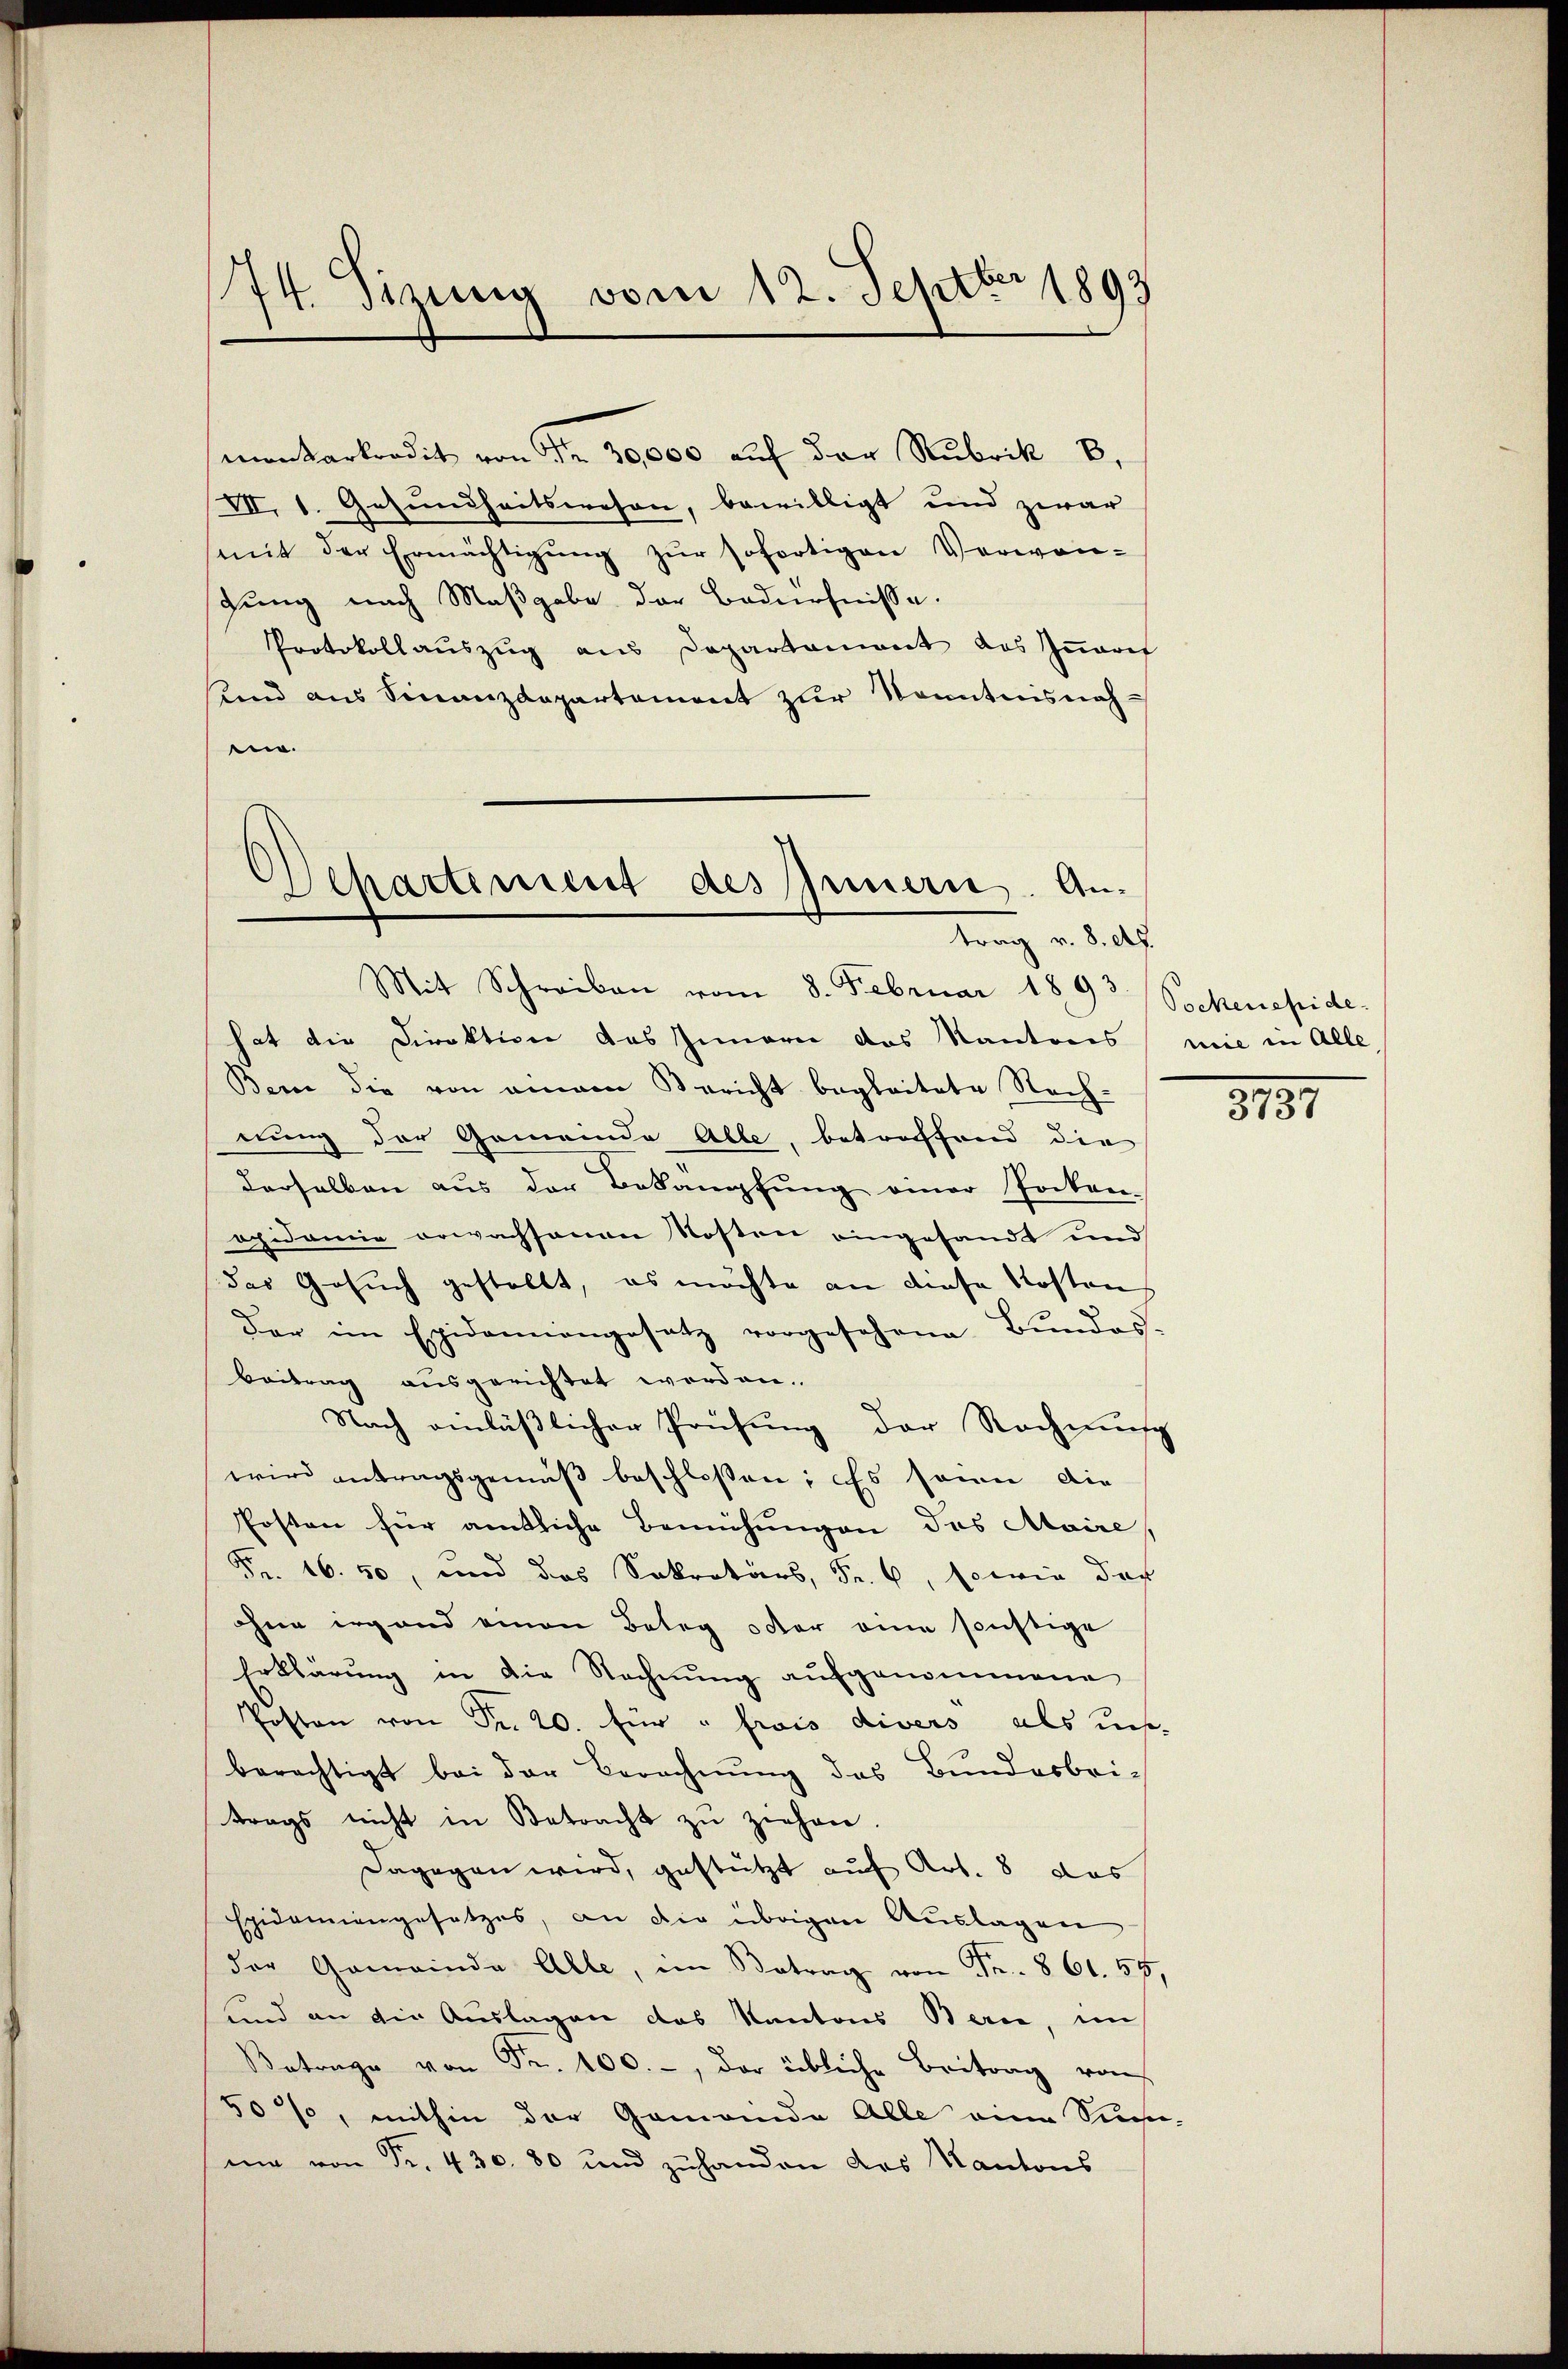
Be
74. Sinnig vom 12. Sept. 1893

mankarkredit von Nr. 30,000 auf der Rubrik B,
VII. 1. Gesundheitswesen, bewilligt und zwar
(mit der Ermächtigŭng zŭr sofortigen Verwangung nach Maßgabe der Bedürfnisse.
Protokollauszug aus Departament das Znarch
sund aus Finanzdepartement zur Kenntnisnah
ein.
Mit Schreiben vom 8. Februar 1893 Sockereside
hat die Direktion des Innern des Kantons mie in Alle
Bern die von einem Bericht begleitete Nach-
nung der Gemeinde Able, betreffend die
derselben aus der Bekämpfung einer Pocken-
apidemie erwachsenen Kosten eingesandt und
das Gesuch gestellt, es möchte an diese Kosten
der im Epidemangesetz vorgesehene Bŭndes-
beitrag ausgerichtet worden.
Nach einläßlicher Prüfung der Rochmus
wird antragsgemäß beschlossen; es seine die
Posten für amtliche Bemühungen des Maire,
Fr. 16. 50, und das Sekretärs, Fr. 6, sowie das
ohne irgend einen Botag oder eine sonstige
Erklärung in die Rechnung aufgenommene
Posten von Fr. 20. für "fwis divers als un
berechtigt bei der Berechnung des Bundesbri-
trags nicht in Betracht zŭ ziehen.
Dagegen wird, gestützt auf Art. 8 das
Epidemiengesetzes, an die übrigen Aŭslagen
der Gemeinde Alle, im Betrag von Fr. 861. 55,
sind an die Auslagen das Kantons Berne, im
Botange von Fr. 100.-, der übliche Beitrag von
50%, mithin der Gemeinde Alle eine Sinne-
me von Fr. 430. 80 und zuhanden des Kantons

Alhartement des Innern. An-
trag v. 8. etc.

5.

32